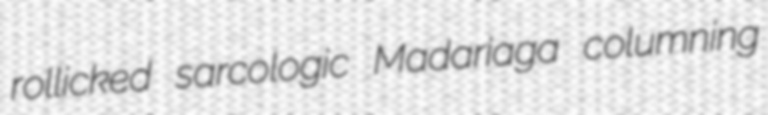
rollicked sarcologic Madariaga columning